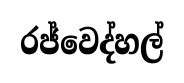
රජ්වෙද්හල්